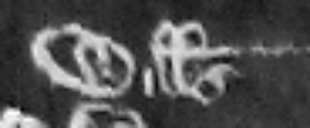
Willelmus